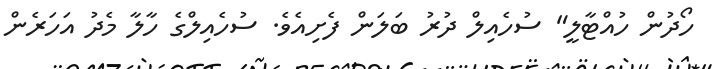
ހޯދުން ހުއްޓާލީ" ސުހެއިލް ދުރު ބަލަން ފެށިއެވެ. ސުހެއިލްގެ ހާލާ މެދު އަހަރެން